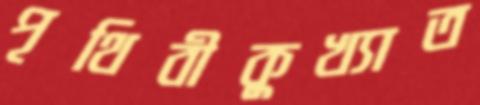
পৃথিবীকুখ্যাত